Annual report on the working of the mental hospitals in the Madras Presidency - 1912-1932
Year: 1912
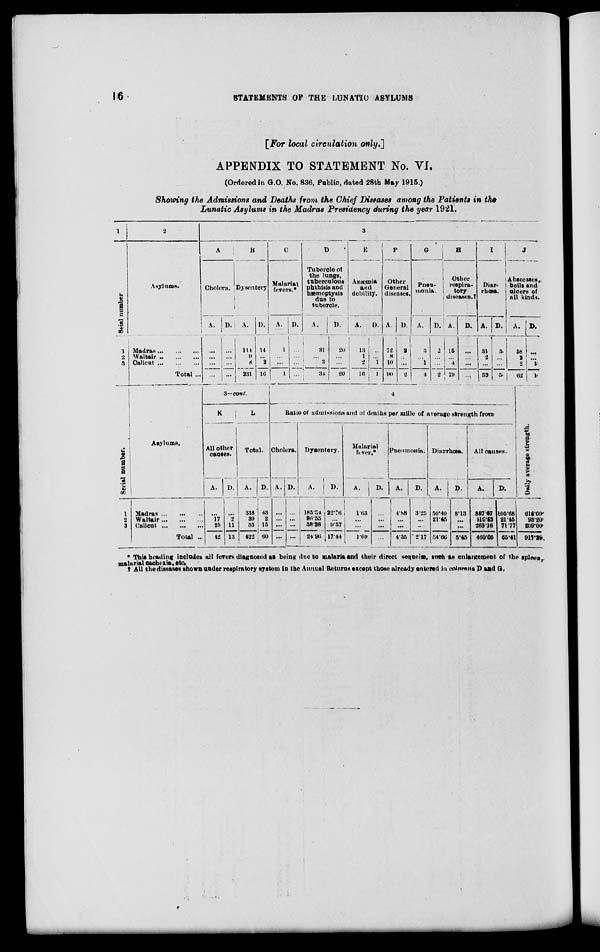
16
STATEMENTS OF THE LUNATIC ASYLUMS
[For local circulation only.]
APPENDIX TO STATEMENT No. VI.
(Ordered in G.O. No. 836, Public, dated 28th May 1915.)
Showing the Admission and Deaths from the Chief Diseases among the Patients in the
Lunatic Asylums in the Madras Presidency during the year 1921.
1
Serial number
1
2
3
2
Asylums.
Madras...
...
...
Waltair...
...
...
Calicut...
...
...
Total ...
3
A
Cholera.
A.
...
...
...
...
D.
...
...
...
...
B
Dysentery
A.
114
9
8
231
D.
14
...
2
16
C
Malarial
fevers.*
A.
1
...
...
1
D.
...
...
...
...
D
Tubercle of
the lungs,
taberculous
phthisis and
hæmoptysis
due to
tubercle.
A.
31
...
3
34
D.
20
...
...
20
E
Anæmia
and
debility.
A.
13
1
2
16
D.
...
...
1
1
F
Other
General
diseases.
A.
72
8
10
90
D.
2
...
...
2
G
Pneu¬
monia.
A.
3
...
1
4
D.
2
...
...
2
H
Other
respira¬
tory
diseases.†
A.
15
...
4
19
D.
...
...
...
...
I
Diar¬
rhœa.
A.
31
2
...
33
D.
5.
...
...
5
J
Abscesses,
boils and
ulcers of
all kinds.
A.
58
2
2
62
D.
...
...
1
1
Serial Number.
1
2
3
Asylums.
Madras...
...
...
Waltair...
...
...
Calicut... ... ...
Total ...
3—cont.
K
All other
causes.
A.
...
17
25
42
D.
...
2
11
13
L
Total.
A.
338
39
55
422
D.
43
2
15
60
4
Ratio of admissions and of deaths per mille of average strength from
Cholera.
A.
...
...
...
...
D.
...
...
...
...
Dysentery.
A.
185.34
96.55
38.28
24.96
D.
22.76
...
9.57
17.44
Mularial
fever.*
A.
1.63
...
...
1.69
D.
...
...
...
...
Pneumonia.
A.
4.88
...
...
4.35
D.
3.25
...
..
2.17
Diarrhœa.
A.
50.40
21.45
34.66
D.
8.13
...
...
5.45
All causes.
A.
887.67
119.52
263.16
460.05
D.
105.68
21.45
71.77
65.41
Daily average strength.
615.09
93.20
209.00
917.29
* This heading includes all fevers diagnosed as being due to malaria and their direct sequels, such an enlargement of the splees,
malarial cachexia, etc.
† All the diseases shown under respiratory system in the Annual Returns except those already entered in columns D and G.